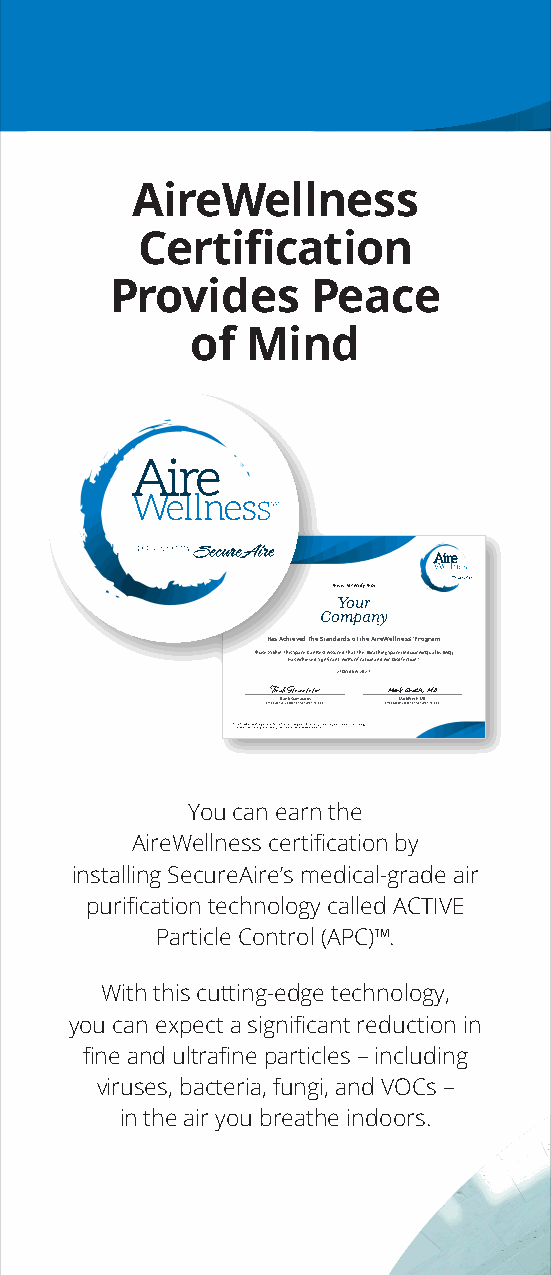
AireWellness
 Certification
 Provides      Peace
 of Mind
 This Is To Certify That
 Your
 Company
 Has Achieved The Standards of the AireWellnessSM Program
 Those Within This Space Can Rest Assured That The Breathing Space/Indoor Air Quality (IAQ)
 Has Achieved Significant Air Purification and Air Disinfection*
 27 October 2021
 Frank Stamatatos Mark Ereth, MD
 Chief ExeFcuratinvek O Sffitacmer,a Steactuorse Aire, LLC Chief MedMicaalr Ok ffiEcreert,h S,e McuDre Aire, LLC
 * THhoew AeivreerW, weleln ceasnsn Porto gguraamra natnede Saencyu hreeAalitrhe bTeecnhenfiotslo ogri edsis, eLLaCse c aavno videarinfyc eth.e efficacy of our product technology.
 You can earn the
 AireWellness certification by
 installing SecureAire’s medical-grade air
 purification technology called ACTIVE
 Particle Control (APC)™.
 With this cutting-edge technology,
 you can expect a significant reduction in
 fine and ultrafine particles – including
 viruses, bacteria, fungi, and VOCs –
 in the air you breathe indoors.